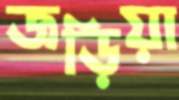
জড়িয়া